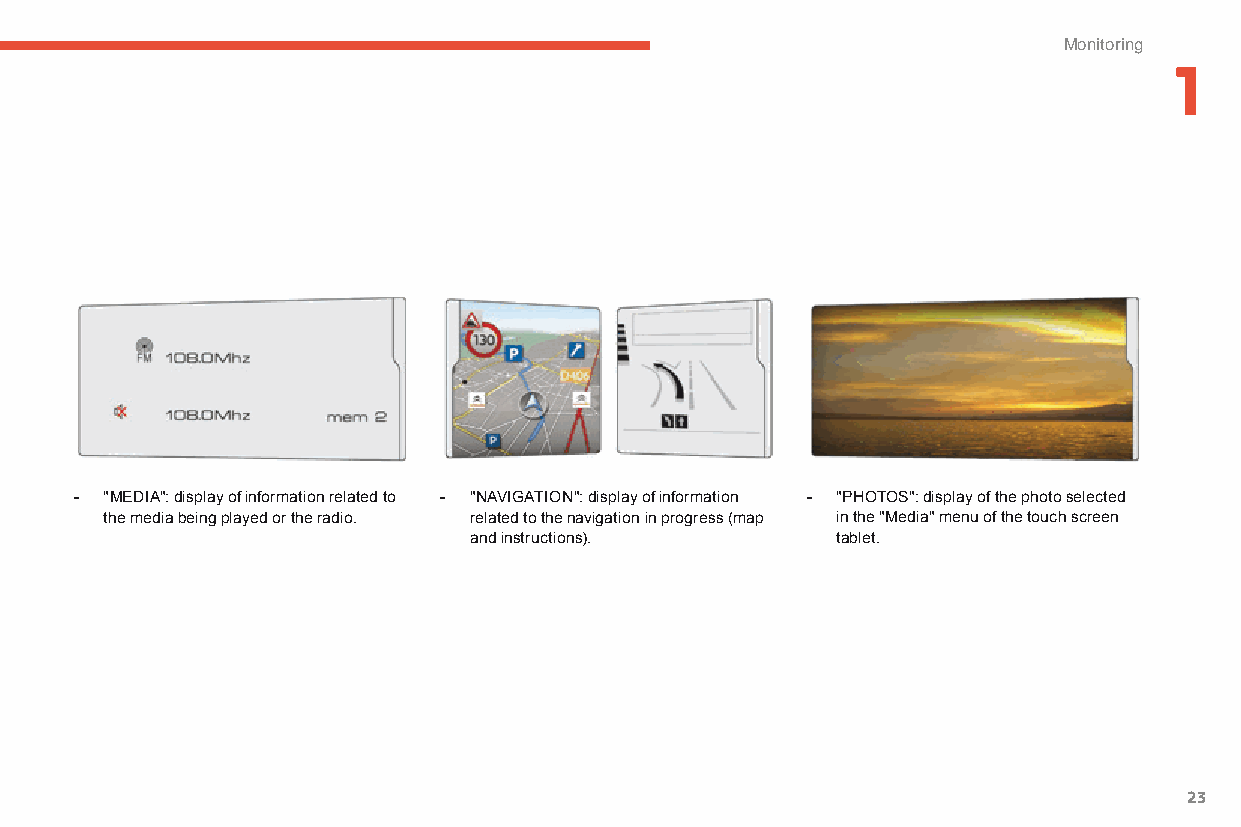
Monitoring
 1
 - "MEDIA": display of information related to - "NAVIGATION": display of information - "PHOTOS": display of the photo selected
 the media being played or the radio. related to the navigation in progress (map in the "Media" menu of the touch screen
 and instructions).      tablet.
 23
 C4-Picasso-II_en_Chap01_controle-de-marche_ed01-2015